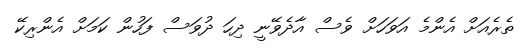
ތެރެއަށް އެންމެ އަވަހަށް ވެސް އާދެވޭނީ ދިހަ ދުވަސް ފަހުން ކަމަށް އެންރިކޭ